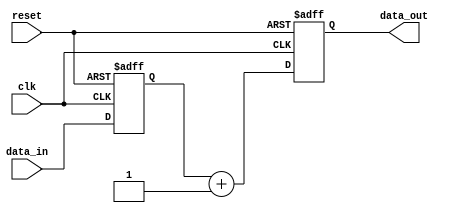
module edge_sensitive_block (
    input wire clk,         // Clock signal
    input wire reset,       // Active high reset signal
    input wire [7:0] data_in, // 8-bit input data
    output reg [7:0] data_out // 8-bit output data
);

// Internal state signal
reg [7:0] state;

// Always block triggered on positive edge of clock or reset
always @(posedge clk or posedge reset) begin
    if (reset) begin
        // Initialization logic
        data_out <= 8'b0; // Initialize output to 0 on reset
        state <= 8'b0;     // Initialize internal state to 0 on reset
    end else begin
        // State update logic
        state <= data_in;       // Update internal state with input
        // Output generation logic
        data_out <= state + 8'b1; // Increment output based on state
    end
end

endmodule